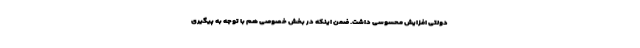
دولتی افزایش محسوسی داشت. ضمن اینکه در بخش خصوصی هم با توجه به پیگیری